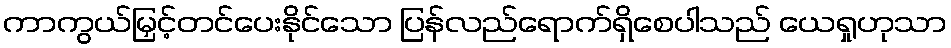
ကာကွယ်မြှင့်တင်ပေးနိုင်သော ပြန်လည်ရောက်ရှိစေပါသည် ယေရှုဟုသာ